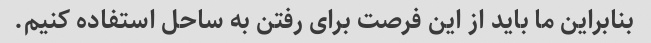
بنابراین ما باید از این فرصت برای رفتن به ساحل استفاده کنیم.